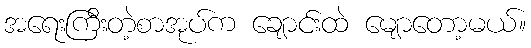
အရေးကြီးတဲ့စာအုပ်က ချောင်းထဲ မျောတော့မယ်။